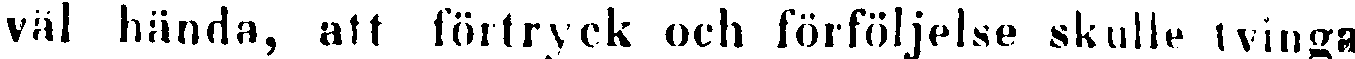
väl hända, att förtryck och förföljelse skulle tvinga